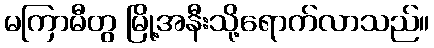
မကြာမီတွ မြို့အနီးသို့ရောက်လာသည်။